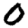
Digit: 0